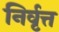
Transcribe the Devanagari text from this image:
निर्वृत्त